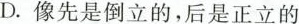
D. 像先是倒立的，后是正立的